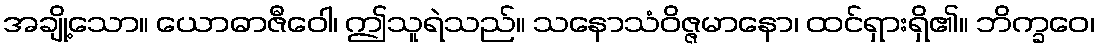
အချို့သော။ ယောဓာဇီဝေါ၊ ဤသူရဲသည်။ သနောသံဝိဇ္ဇမာနော၊ ထင်ရှားရှိ၏။ ဘိက္ခဝေ၊